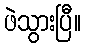
ဖဲသွားပြီ။